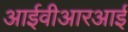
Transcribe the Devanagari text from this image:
आईवीआरआई